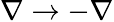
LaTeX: \nabla\rightarrow-\nabla